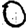
Digit: 0